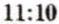
11:10